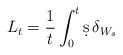
LaTeX: \begin{align*}L_t = \frac 1t \int_0^t \d s \, \delta_{W_s}\end{align*}